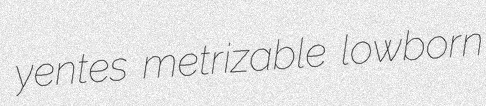
yentes metrizable lowborn